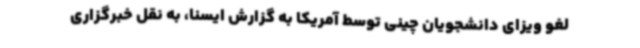
لغو ویزای دانشجویان چینی توسط آمریکا به گزارش ایسنا، به نقل خبرگزاری